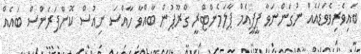
ބައިވެރިވެވަޑައެއް ނުގަންނަވާ ޕީޕީއެމް ޕާލަމެންޓްރީ ގްރޫޕުން ބާއްވާ ހާއްސަ ނިއުސް ކޮންފަރެންސް ބައެއް